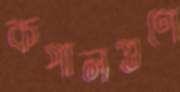
কপালগুণে